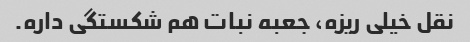
نقل خیلی ریزه، جعبه نبات هم شکستگی داره.